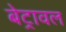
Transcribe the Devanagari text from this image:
बेट्रावल